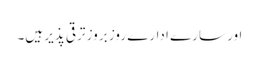
اور سارے ادارے روز بروز ترقی پذیر ہیں۔